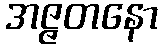
အဇ္ဇတနော